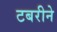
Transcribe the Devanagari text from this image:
टबरीने